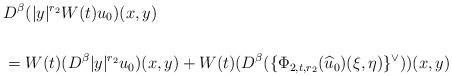
LaTeX: \begin{align*}\begin{aligned}&D^{\beta} (|y|^{r_2} W(t) u_0)(x,y) \\\\&= W(t) (D^{\beta}|y|^{r_2} u_0)(x,y) + W(t)(D^{\beta} (\{ \Phi_{2,t,r_2}(\widehat u_0)(\xi,\eta)\}^{\lor}))(x,y)\end{aligned}\end{align*}